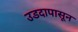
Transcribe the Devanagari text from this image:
उडदापासून